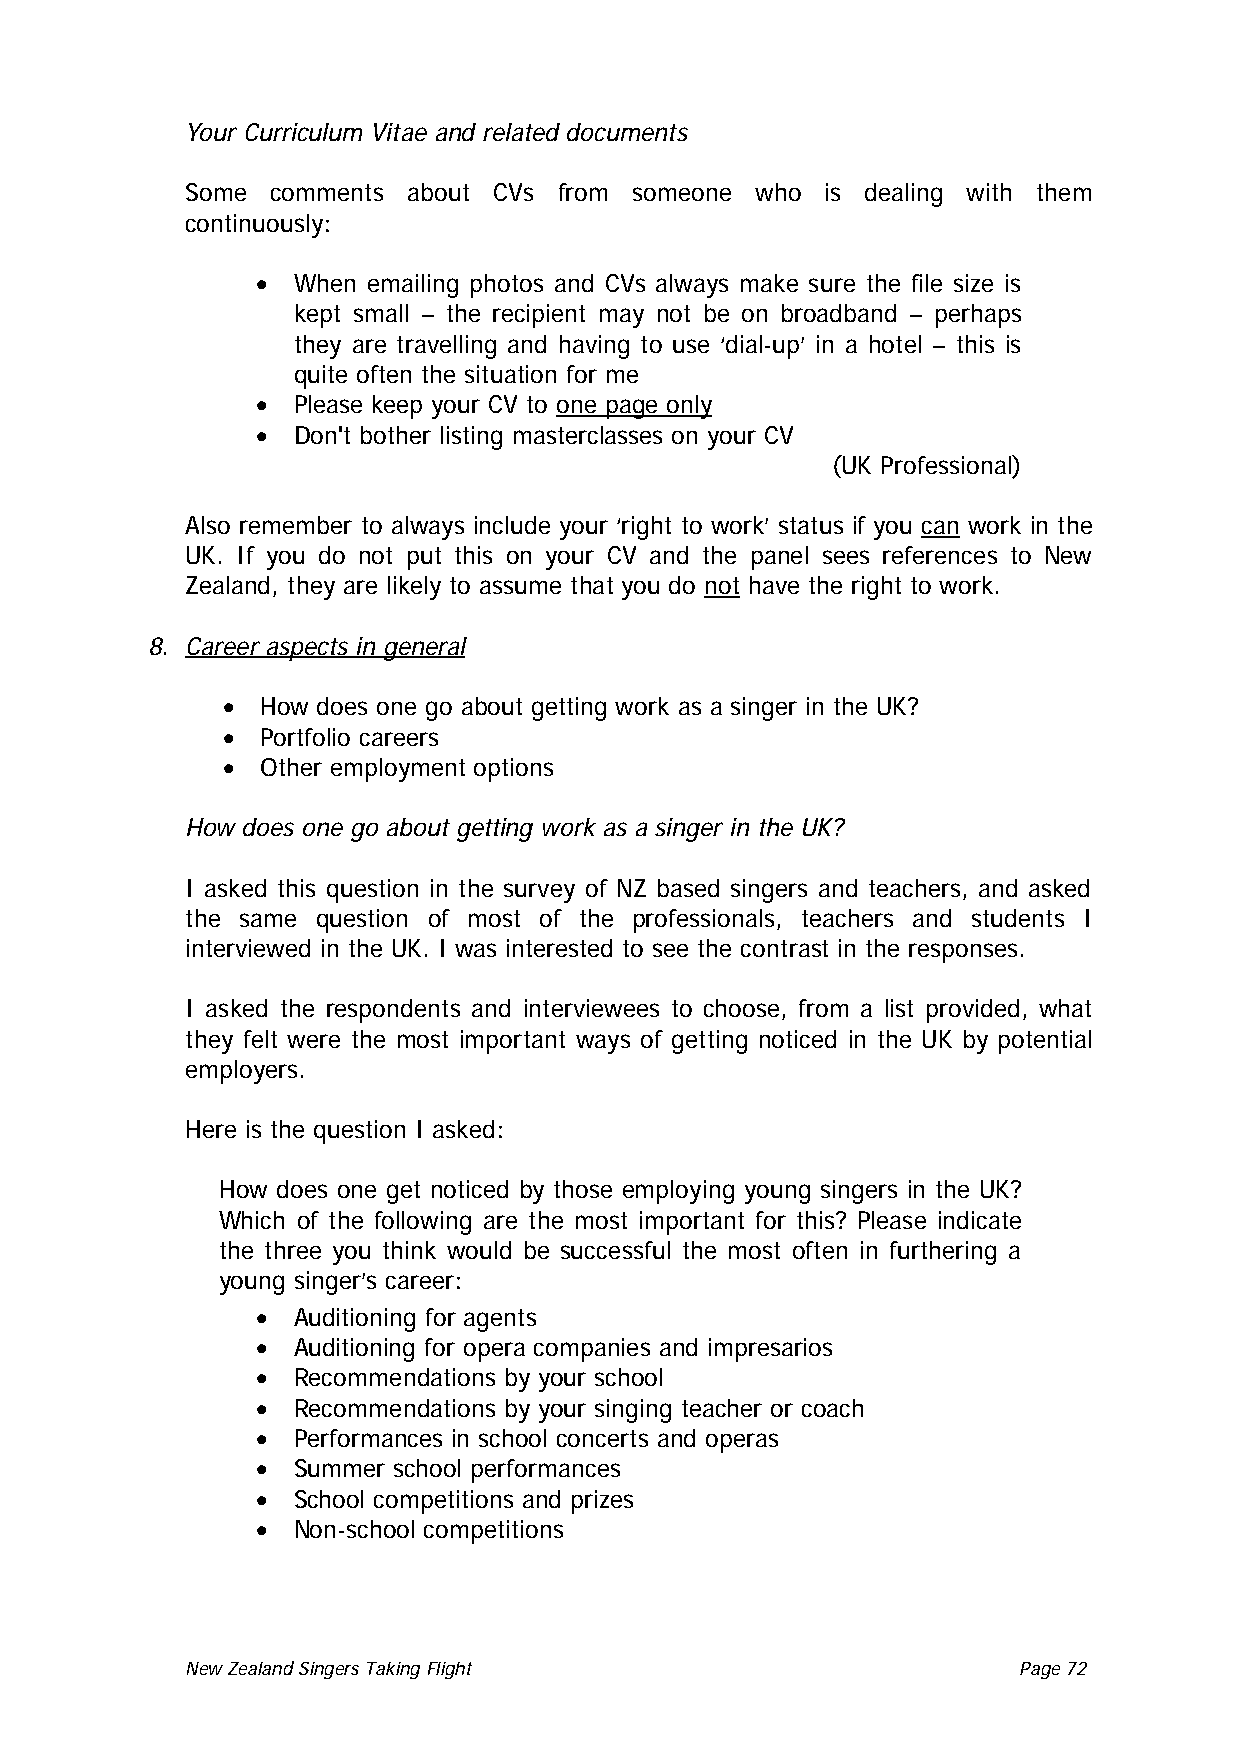
Your Curriculum Vitae and related documents
 Some comments about CVs from someone who is dealing with them
 continuously:
 • When emailing photos and CVs always make sure the file size is
 kept small – the recipient may not be on broadband – perhaps
 they are travelling and having to use ‘dial-up’ in a hotel – this is
 quite often the situation for me
 • Please keep your CV to one page only
 • Don't bother listing masterclasses on your CV
 (UK Professional)
 Also remember to always include your ‘right to work’ status if you can work in the
 UK. If you do not put this on your CV and the panel sees references to New
 Zealand, they are likely to assume that you do not have the right to work.
 8. Career aspects in general
 • How does one go about getting work as a singer in the UK?
 • Portfolio careers
 • Other employment options
 How does one go about getting work as a singer in the UK?
 I asked this question in the survey of NZ based singers and teachers, and asked
 the same question of most of the professionals, teachers and students I
 interviewed in the UK. I was interested to see the contrast in the responses.
 I asked the respondents and interviewees to choose, from a list provided, what
 they felt were the most important ways of getting noticed in the UK by potential
 employers.
 Here is the question I asked:
 How does one get noticed by those employing young singers in the UK?
 Which of the following are the most important for this? Please indicate
 the three you think would be successful the most often in furthering a
 young singer’s career:
 • Auditioning for agents
 • Auditioning for opera companies and impresarios
 • Recommendations by your school
 • Recommendations by your singing teacher or coach
 • Performances in school concerts and operas
 • Summer school performances
 • School competitions and prizes
 • Non-school competitions
 New Zealand Singers Taking Flight Page 72